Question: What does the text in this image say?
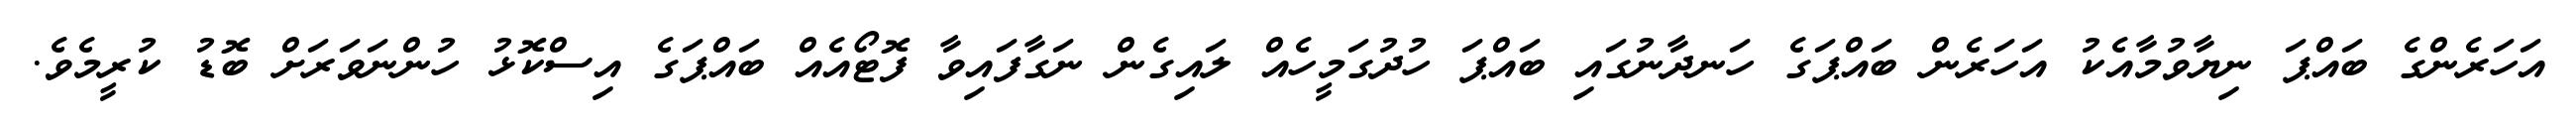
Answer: އަހަރެންގެ ބައްޕަ ނިޔާވުމާއެކު އަހަރެން ބައްޕަގެ ހަނދާނުގައި ބައްޕަ ހުދުގަމީހެއް ލައިގެން ނަގާފައިވާ ފޮޓޯއެއް ބައްޕަގެ އިސްކޮޅު ހުންނަވަރަށް ބޮޑު ކުރީމެވެ.